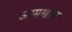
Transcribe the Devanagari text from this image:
आमखास